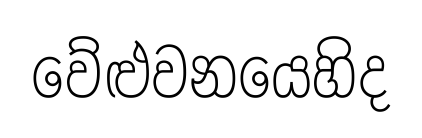
වේළුවනයෙහිද